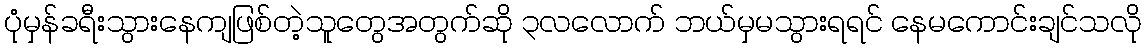
ပုံမှန်ခရီးသွားနေကျဖြစ်တဲ့သူတွေအတွက်ဆို ၃လလောက် ဘယ်မှမသွားရရင် နေမကောင်းချင်သလို